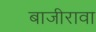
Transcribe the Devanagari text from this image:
बाजीरावा